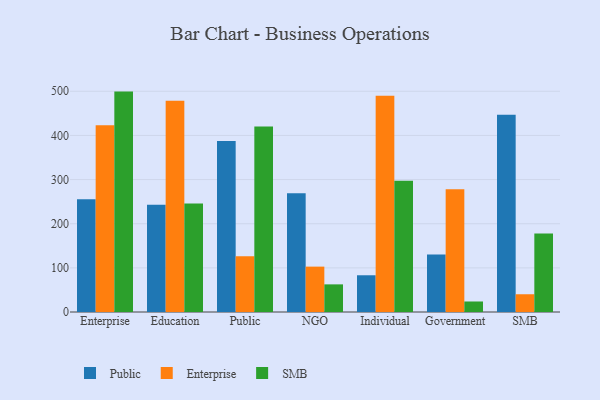
{"axis": {"x": "Segment", "y": "Headcount"}, "legend": ["Enterprise", "Public", "SMB"], "data": [{"x": "Enterprise", "y": 255.4, "type": "Public"}, {"x": "Enterprise", "y": 423.0, "type": "Enterprise"}, {"x": "Enterprise", "y": 499.3, "type": "SMB"}, {"x": "Education", "y": 243.1, "type": "Public"}, {"x": "Education", "y": 478.6, "type": "Enterprise"}, {"x": "Education", "y": 245.7, "type": "SMB"}, {"x": "Public", "y": 387.3, "type": "Public"}, {"x": "Public", "y": 126.3, "type": "Enterprise"}, {"x": "Public", "y": 420.4, "type": "SMB"}, {"x": "NGO", "y": 268.9, "type": "Public"}, {"x": "NGO", "y": 102.8, "type": "Enterprise"}, {"x": "NGO", "y": 62.6, "type": "SMB"}, {"x": "Individual", "y": 83.2, "type": "Public"}, {"x": "Individual", "y": 490.1, "type": "Enterprise"}, {"x": "Individual", "y": 297.1, "type": "SMB"}, {"x": "Government", "y": 130.1, "type": "Public"}, {"x": "Government", "y": 278.1, "type": "Enterprise"}, {"x": "Government", "y": 23.8, "type": "SMB"}, {"x": "SMB", "y": 447.1, "type": "Public"}, {"x": "SMB", "y": 40.2, "type": "Enterprise"}, {"x": "SMB", "y": 177.9, "type": "SMB"}]}